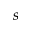
s